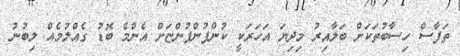
ތަފާސް ހިސާބުތަކަށް ބަލާއިރު މިދިޔަ އަހަރަކީ ކުންފުންފުންޏަށް އެންމެ ބޮޑު ގެއްލުމެއް ލިބުނު